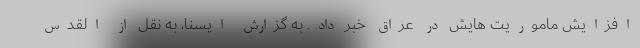
افزایش ماموریت هایش در عراق خبر داد. به گزارش ایسنا، به نقل از القدس